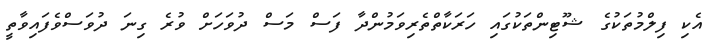
އެކި ފިލްމުތަކުގެ ޝޫޓިންތަކުގައި ހަރަކާތްތެރިވަމުންދާ ފަސް މަސް ދުވަހަށް ވުރެ ގިނަ ދުވަސްވެފައިވާތީ